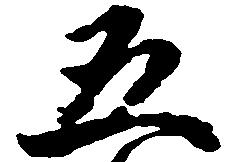
五